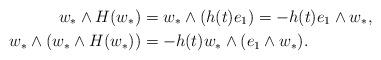
LaTeX: \begin{align*}w_* \wedge H(w_*) & = w_* \wedge (h(t)e_1) = - h(t) e_1 \wedge w_*, \\w_* \wedge (w_* \wedge H(w_*)) & = -h(t) w_* \wedge (e_1 \wedge w_*). \end{align*}